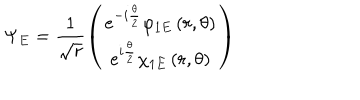
\Psi _ { E } = \frac { 1 } { \sqrt { r } } \left( \begin{array} { c } { { e ^ { - i \frac { \theta } { 2 } } \varphi _ { 1 E } \left( r , \theta \right) } } \\ { { e ^ { i \frac { \theta } { 2 } } \chi _ { 1 E } \left( r , \theta \right) } } \\ \end{array} \right)